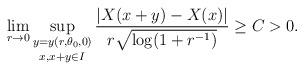
LaTeX: \begin{align*} \lim_{r\to0}\mathop{\sup_{y=y(r,\theta_0,0)}}_{x,x+y\in I}\frac{|X(x+y)-X(x)|} {r\sqrt{\log(1+r^{-1})}} \ge C >0.\end{align*}